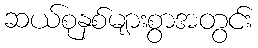
ဆယ်စုနှစ်များစွာအတွင်း